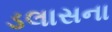
ડલાસના